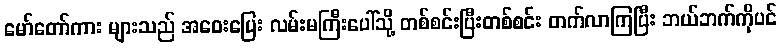
မော်တော်ကား များသည် အဝေးပြေး လမ်းမကြီးပေါ်သို့ တစ်စင်းပြီးတစ်စင်း တက်လာကြပြီး ဘယ်ဘက်ကိုပင်